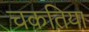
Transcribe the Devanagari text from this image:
चकतिया